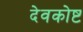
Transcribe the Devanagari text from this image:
देवकोष्ट